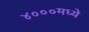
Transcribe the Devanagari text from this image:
४०००मध्ये